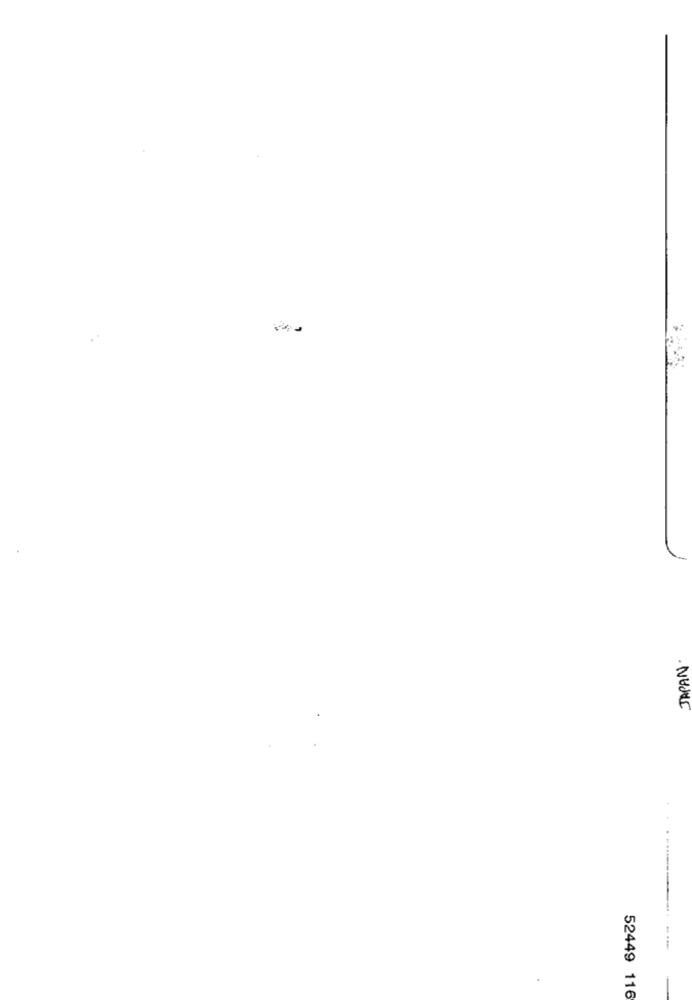
JAPAN.
...------ --
52449 116